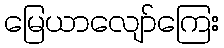
မြေယာလျော်ကြေး